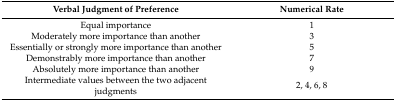
<table><thead><tr><td><b>Verbal Judgment of Preference</b></td><td><b>Numerical Rate</b></td></tr></thead><tbody><tr><td>Equal importance</td><td>1</td></tr><tr><td>Moderately more importance than another</td><td>3</td></tr><tr><td>Essentially or strongly more importance than another</td><td>5</td></tr><tr><td>Demonstrably more importance than another</td><td>7</td></tr><tr><td>Absolutely more importance than another</td><td>9</td></tr><tr><td>Intermediate values between the two adjacent judgments</td><td>2, 4, 6, 8</td></tr></tbody></table>